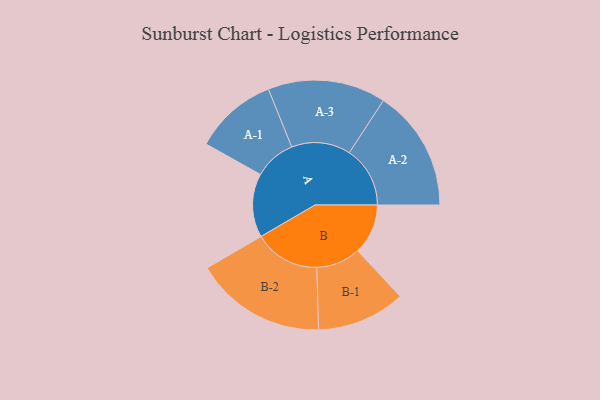
{"axis": {"x": "Segment", "y": "Value"}, "legend": ["", "A", "B"], "data": [{"x": "A", "y": 285, "type": ""}, {"x": "B", "y": 225, "type": ""}, {"x": "A-1", "y": 186, "type": "A"}, {"x": "A-2", "y": 272, "type": "A"}, {"x": "A-3", "y": 264, "type": "A"}, {"x": "B-1", "y": 198, "type": "B"}, {"x": "B-2", "y": 294, "type": "B"}]}